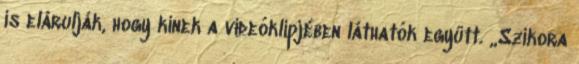
is elárulják, hogy kinek a videóklipjében láthatók együtt. „Szikora